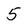
Character: 5